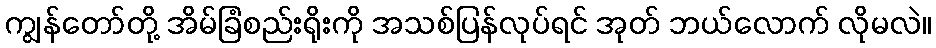
ကျွန်တော်တို့ အိမ်ခြံစည်းရိုးကို အသစ်ပြန်လုပ်ရင် အုတ် ဘယ်လောက် လိုမလဲ။